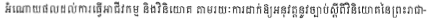
អំណោយផលដល់ការធ្វើអាជីវកម្ម និងវិនិយោគ តាមរយៈការដាក់ឱ្យអនុវត្តនូវច្បាប់ស្តីពីវិនិយោគនៃព្រះរាជា-